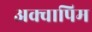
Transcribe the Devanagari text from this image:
अक्वापिम